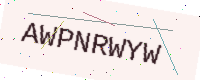
Text: AWPNRWYW